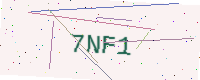
Text: 7NF1